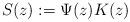
LaTeX: \begin{align*}S(z) := \Psi(z) K(z)\end{align*}